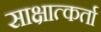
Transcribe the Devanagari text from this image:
साक्षात्कर्ता